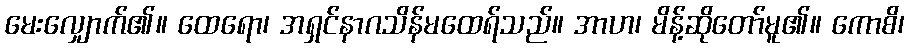
မေးလျှောက်၏။ ထေရော၊ အရှင်နာဂသိန်မထေရ်သည်။ အာဟ၊ မိန့်ဆိုတော်မူ၏။ ကောစိ၊